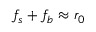
f _ { s } + f _ { b } \approx r _ { 0 }